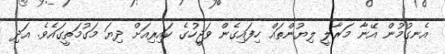
އެނގުމުން އޭނާ މަރާލީ ލިޔުންތައް ހިފައިގެން ވަޖީހުގެ ކައިރިއަށް ދިޔަ މަގުމަތީގައެވެ. އަދި